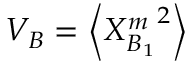
V _ { B } = { \left\langle { { X } _ { B _ { 1 } } ^ { m } } ^ { 2 } \right\rangle }